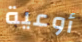
أوعية